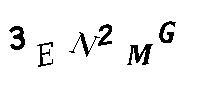
3EN2MG